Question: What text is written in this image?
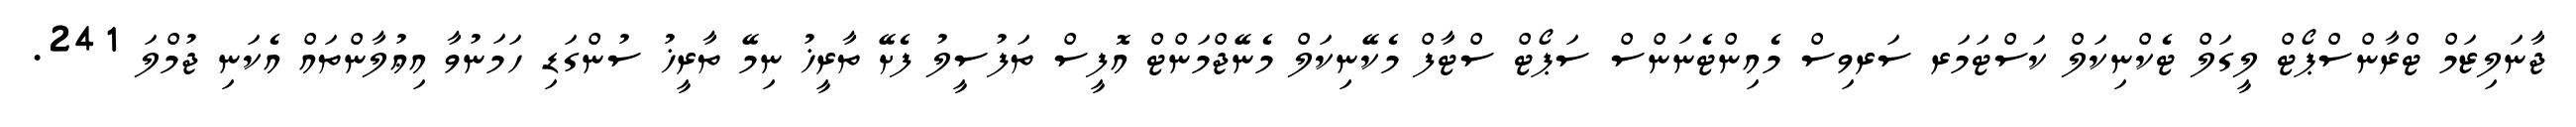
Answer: ޖާނަލިޒަމް ޓްރާންސްޕޯޓް ލީގަލް ޓެކްނިކަލް ކަސްޓަމަރ ސަރވިސް މެއިންޓެނަންސް ސަޕޯޓް ސްޓާފް މެކޭނިކަލް މެނޭޖްމަންޓް އޮފީސް ތަފުސީލު ފެށޭ ތާރީޚު ނިމޭ ތާރީޚު ސުންގަޑި ހަމަނުވާ އިޢުލާންތައް އެކަނި ޖުމްލަ 241.